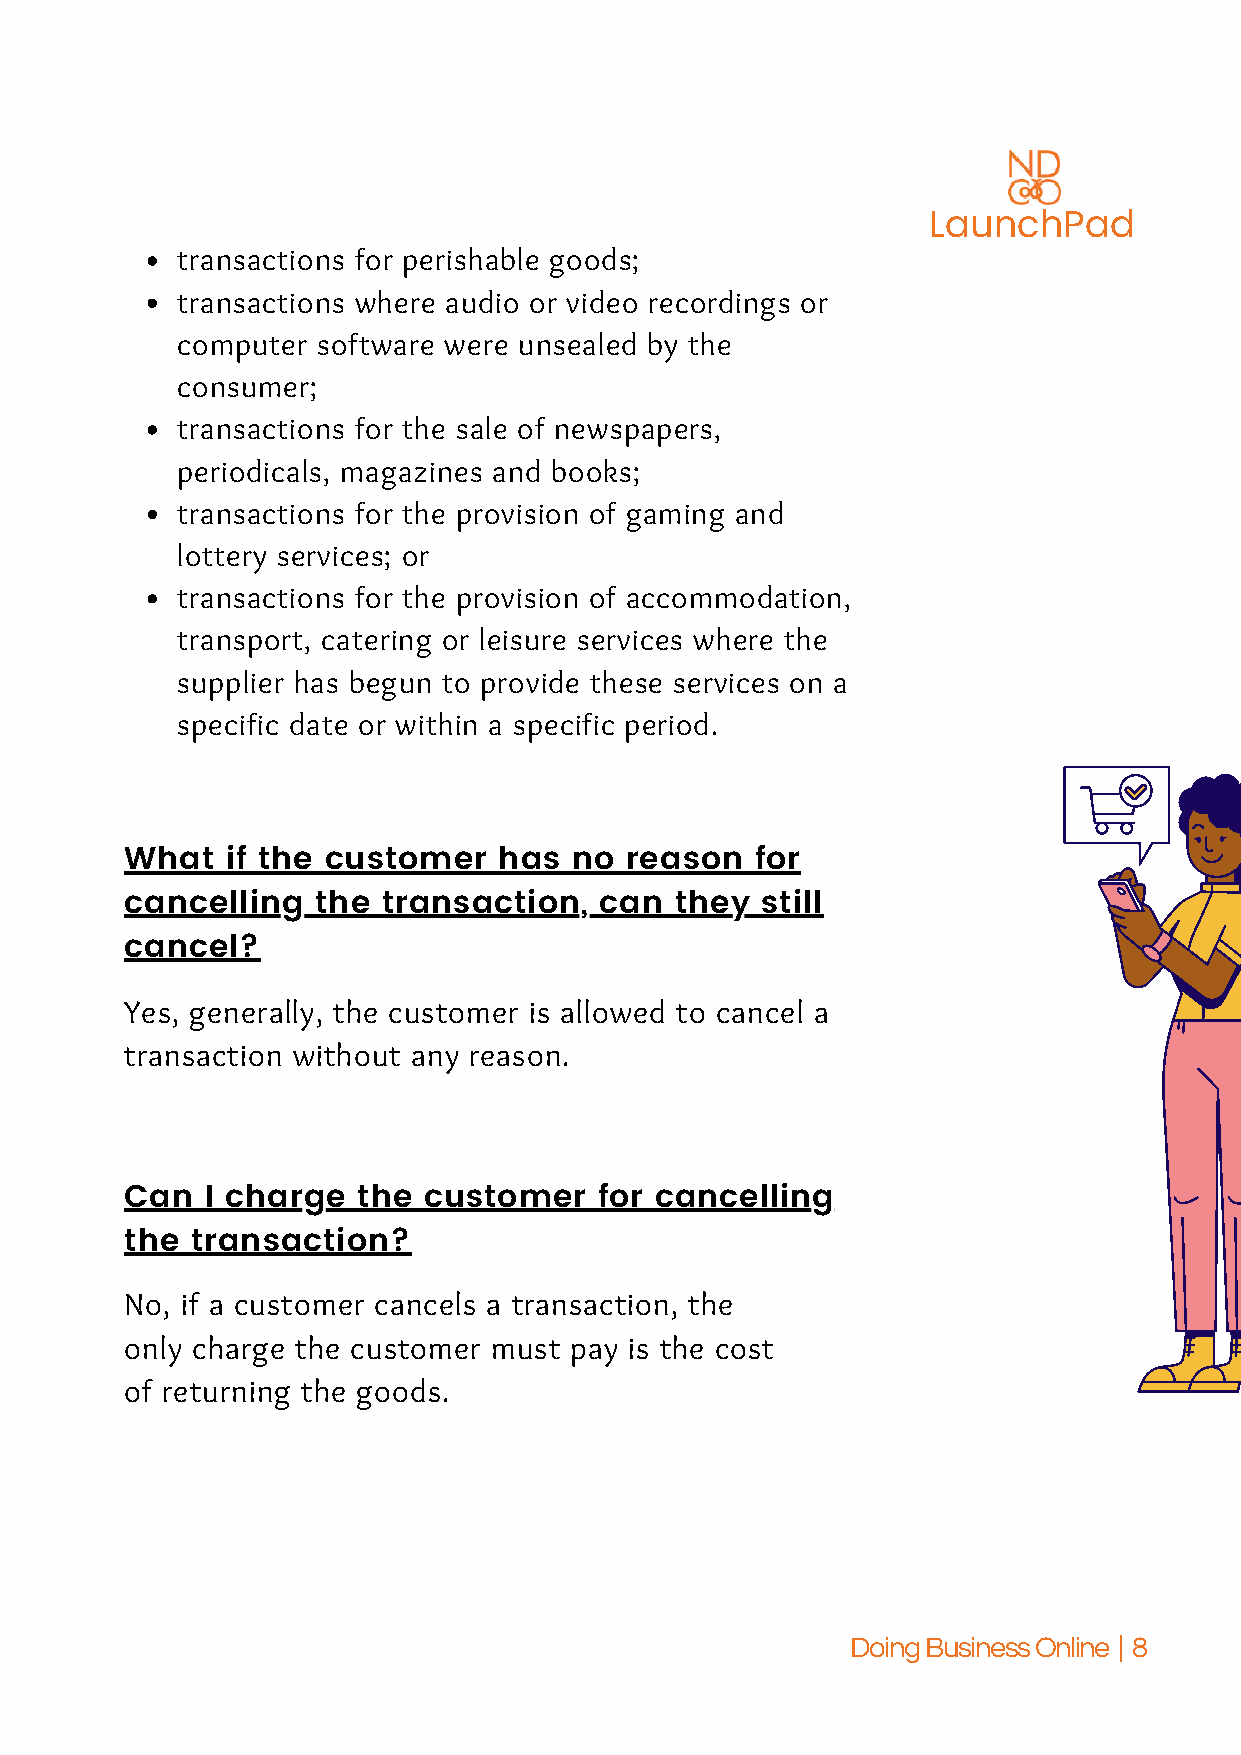
LaunchPad
 transactions for perishable goods;
 transactions where audio or video recordings or
 computer software were unsealed by the
 consumer;
 transactions for the sale of newspapers,
 periodicals, magazines and books;
 transactions for the provision of gaming and
 lottery services; or
 transactions for the provision of accommodation,
 transport, catering or leisure services where the
 supplier has begun to provide these services on a
 specific date or within a specific period.
 What   if the customer   has  no reason   for
 cancelling   the transaction,   can  they still
 cancel?
 Yes, generally, the customer is allowed to cancel a
 transaction without any reason.
 Can   I charge  the customer    for cancelling
 the  transaction?
 No, if a customer cancels a transaction, the
 only charge the customer must pay is the cost
 of returning the goods.
 Doing Business Online | 8